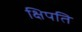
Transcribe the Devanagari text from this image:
क्षिपति